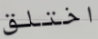
اختلق